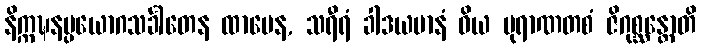
နိက္ကဍ္ဎနပ္ပယောဂသင်္ခါတေန ထာမေန, သရီရံ ခါဒယမာနံ ဝိယ ပုရာဏတစံ ဇိဂုစ္ဆန္တောတိ